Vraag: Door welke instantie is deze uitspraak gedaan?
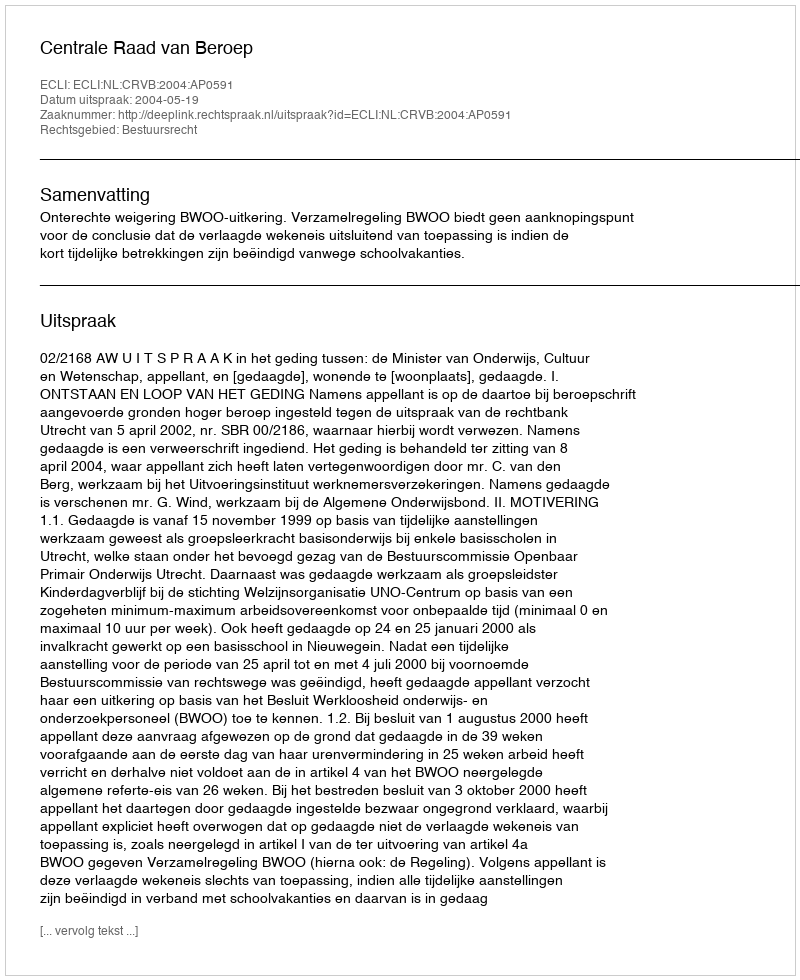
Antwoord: Centrale Raad van Beroep